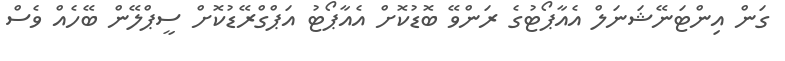
ގަން އިންޓަނޭޝަނަލް އެއާޕޯޓުގެ ރަންވޭ ބޮޑުކޮށް އެއާޕޯޓު އަޕްގްރޭޑުކޮށް ސީޕްލޭން ބޭހެއް ވެސް